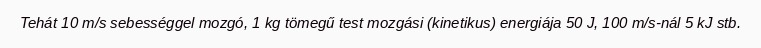
Tehát 10 m/s sebességgel mozgó, 1 kg tömegű test mozgási (kinetikus) energiája 50 J, 100 m/s-nál 5 kJ stb.